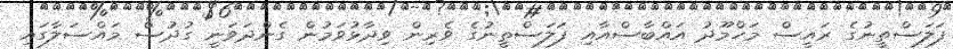
ފަލަސްތީނުގެ ރައީސް މަހްމޫދު އައްބާސްއާއި ފަލަސްތީނުގެ ވެރިން ވިދާޅުވަމުން ގެންދަވަނީ ގުދުސް މައްސަލާގައި